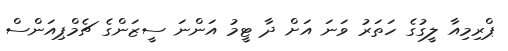
ޕްރިމިއާ ލީގުގެ ހަތަރު ވަނަ އަށް ދާ ޓީމު އަންނަ ސީޒަންގެ ޗެމްޕިއަންސް